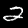
Label: 2